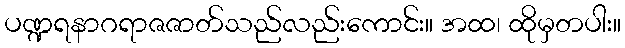
ပဏ္ဍရနာဂရာဇဇာတ်သည်လည်းကောင်း။ အထ၊ ထိုမှတပါး။